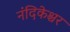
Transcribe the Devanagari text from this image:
नंदिकेश्चर